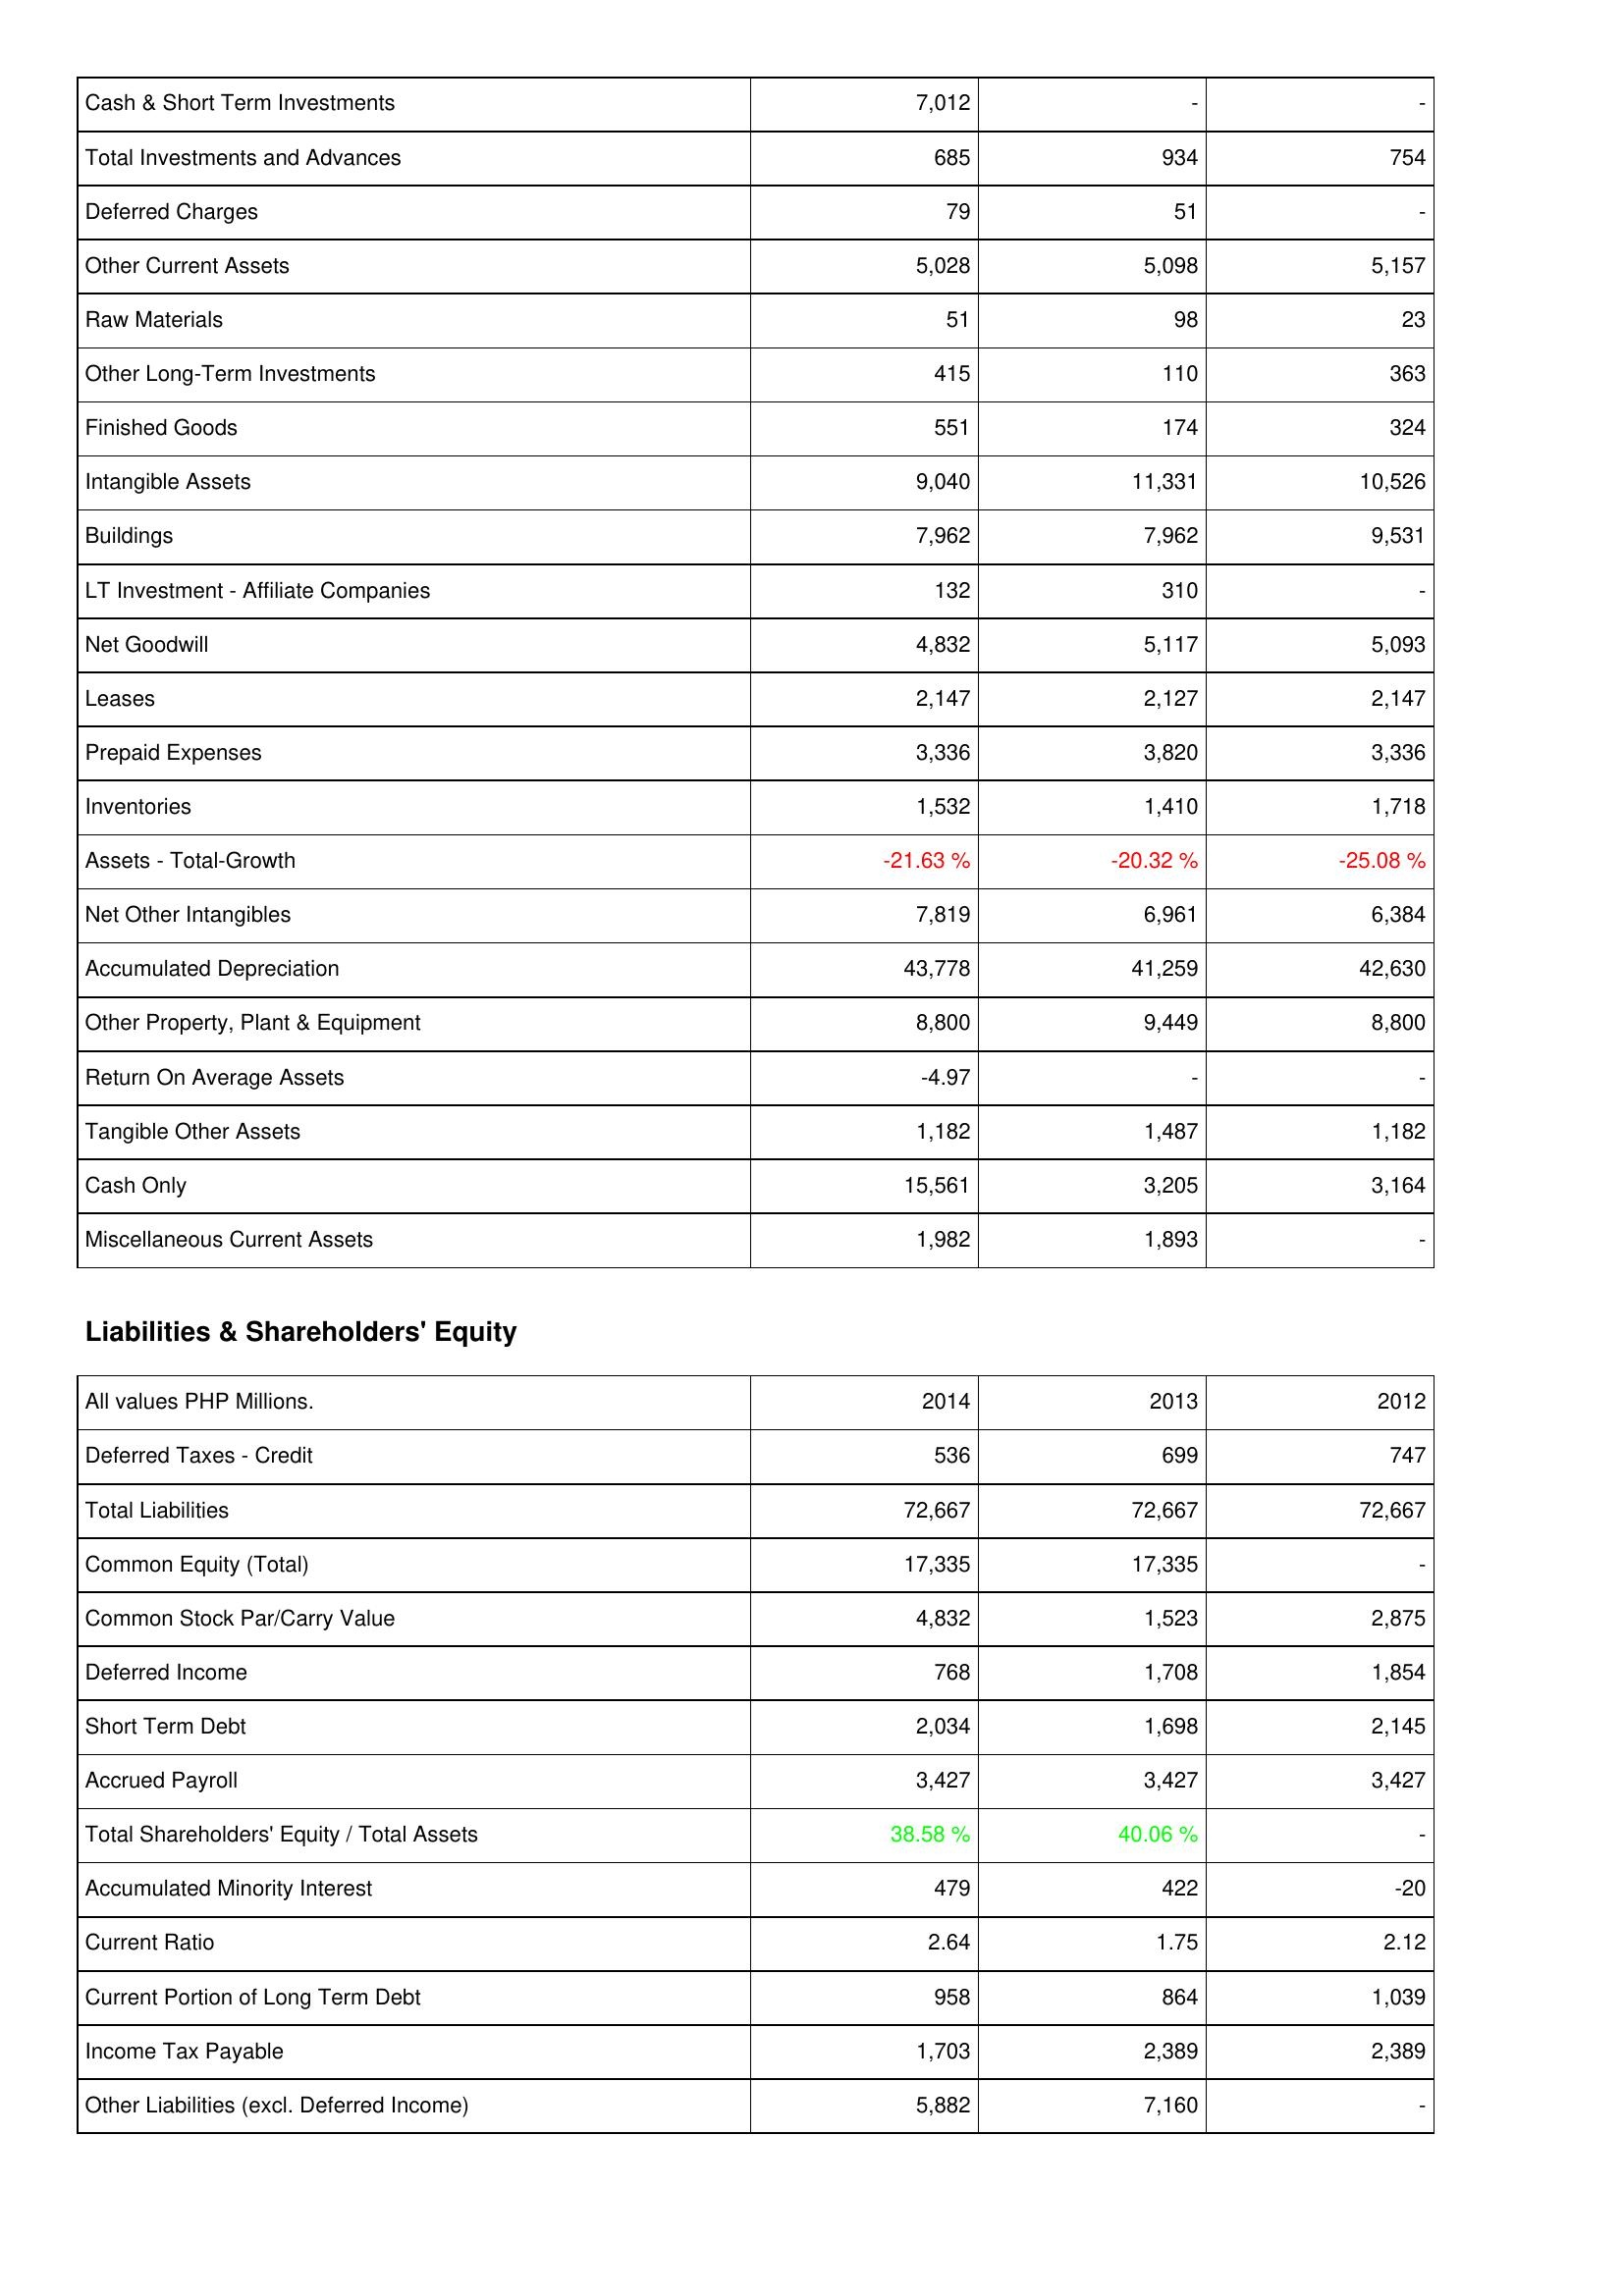
2014: Assets: Cash & Short Term Investments: 7,012
Total Investments and Advances: 685
Deferred Charges: 79
Other Current Assets: 5,028
Raw Materials: 51
Other Long-Term Investments: 415
Finished Goods: 551
Intangible Assets: 9,040
Buildings: 7,962
LT Investment - Affiliate Companies: 132
Net Goodwill: 4,832
Leases: 2,147
Prepaid Expenses: 3,336
Inventories: 1,532
Assets - Total-Growth: -21.63 %
Net Other Intangibles: 7,819
Accumulated Depreciation: 43,778
Other Property, Plant & Equipment: 8,800
Return On Average Assets: -4.97
Tangible Other Assets: 1,182
Cash Only: 15,561
Miscellaneous Current Assets: 1,982
Liabilities & Shareholders' Equity: Deferred Taxes - Credit: 536
Total Liabilities: 72,667
Common Equity (Total): 17,335
Common Stock Par/Carry Value: 4,832
Deferred Income: 768
Short Term Debt: 2,034
Accrued Payroll: 3,427
Total Shareholders' Equity / Total Assets: 38.58 %
Accumulated Minority Interest: 479
Current Ratio: 2.64
Current Portion of Long Term Debt: 958
Income Tax Payable: 1,703
Other Liabilities (excl. Deferred Income): 5,882
2013: Assets: Cash & Short Term Investments: -
Total Investments and Advances: 934
Deferred Charges: 51
Other Current Assets: 5,098
Raw Materials: 98
Other Long-Term Investments: 110
Finished Goods: 174
Intangible Assets: 11,331
Buildings: 7,962
LT Investment - Affiliate Companies: 310
Net Goodwill: 5,117
Leases: 2,127
Prepaid Expenses: 3,820
Inventories: 1,410
Assets - Total-Growth: -20.32 %
Net Other Intangibles: 6,961
Accumulated Depreciation: 41,259
Other Property, Plant & Equipment: 9,449
Return On Average Assets: -
Tangible Other Assets: 1,487
Cash Only: 3,205
Miscellaneous Current Assets: 1,893
Liabilities & Shareholders' Equity: Deferred Taxes - Credit: 699
Total Liabilities: 72,667
Common Equity (Total): 17,335
Common Stock Par/Carry Value: 1,523
Deferred Income: 1,708
Short Term Debt: 1,698
Accrued Payroll: 3,427
Total Shareholders' Equity / Total Assets: 40.06 %
Accumulated Minority Interest: 422
Current Ratio: 1.75
Current Portion of Long Term Debt: 864
Income Tax Payable: 2,389
Other Liabilities (excl. Deferred Income): 7,160
2012: Assets: Cash & Short Term Investments: -
Total Investments and Advances: 754
Deferred Charges: -
Other Current Assets: 5,157
Raw Materials: 23
Other Long-Term Investments: 363
Finished Goods: 324
Intangible Assets: 10,526
Buildings: 9,531
LT Investment - Affiliate Companies: -
Net Goodwill: 5,093
Leases: 2,147
Prepaid Expenses: 3,336
Inventories: 1,718
Assets - Total-Growth: -25.08 %
Net Other Intangibles: 6,384
Accumulated Depreciation: 42,630
Other Property, Plant & Equipment: 8,800
Return On Average Assets: -
Tangible Other Assets: 1,182
Cash Only: 3,164
Miscellaneous Current Assets: -
Liabilities & Shareholders' Equity: Deferred Taxes - Credit: 747
Total Liabilities: 72,667
Common Equity (Total): -
Common Stock Par/Carry Value: 2,875
Deferred Income: 1,854
Short Term Debt: 2,145
Accrued Payroll: 3,427
Total Shareholders' Equity / Total Assets: -
Accumulated Minority Interest: -20
Current Ratio: 2.12
Current Portion of Long Term Debt: 1,039
Income Tax Payable: 2,389
Other Liabilities (excl. Deferred Income): -